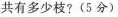
共有多少枝?(5分)